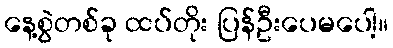
နေ့စွဲတစ်ခု ထပ်တိုး ပြန်ဦးပေမပေါ့။